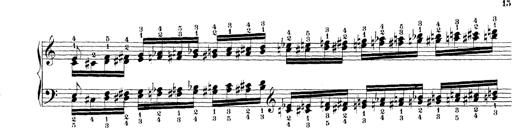
Title: Technische Studien
Composer: Franz Liszt